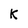
Character: K